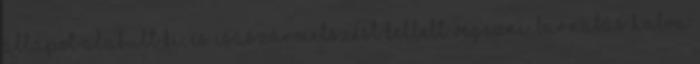
állapot alakult ki, és Császármetszést kellett végezni. Barnabás halva